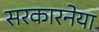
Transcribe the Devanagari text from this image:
सरकारनेया